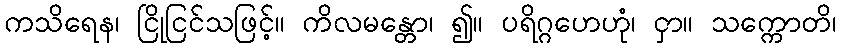
ကသိရေန၊ ငြိုငြင်သဖြင့်။ ကိလမန္တော၊ ၍။ ပရိဂ္ဂဟေဟုံ၊ ငှာ။ သက္ကောတိ၊